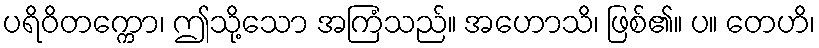
ပရိဝိတက္ကော၊ ဤသို့သော အကြံသည်။ အဟောသိ၊ ဖြစ်၏။ ပ။ တေဟိ၊